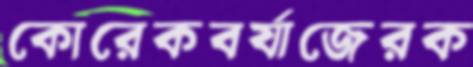
কোরেকবর্যাজেরক